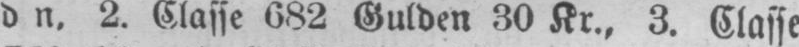
d n. 2. Classe 682 Gulden 30 Kr., 3. Classe